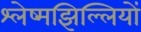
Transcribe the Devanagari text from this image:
श्लेष्मझिल्लियों